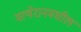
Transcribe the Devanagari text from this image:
माथेरानमधील